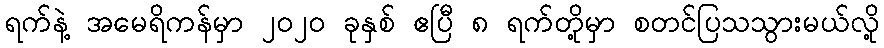
ရက်နဲ့ အမေရိကန်မှာ ၂၀၂၀ ခုနှစ် ဧပြီ ၈ ရက်တို့မှာ စတင်ပြသသွားမယ်လို့